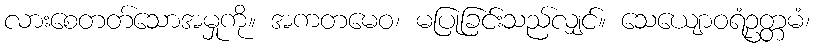
လားစေတတ်သောအမှုကို။ အကတမေဝ၊ မပြုခြင်းသည်လျှင်။ သေယျောဝရံဥတ္တမံ၊